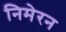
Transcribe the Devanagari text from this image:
निमेरन